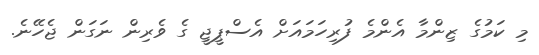
މި ކަމުގެ ޒިންމާ އެންމެ ފުރިހަމައަށް އެސްޕީޖީ ގެ ވެރިން ނަގަން ޖެހޭނެ.